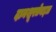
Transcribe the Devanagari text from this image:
दानशूरतेबद्दल